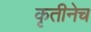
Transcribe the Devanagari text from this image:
कृतीनेच